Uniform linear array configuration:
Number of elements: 8
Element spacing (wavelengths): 0.75
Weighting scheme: exponential
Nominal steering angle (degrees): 30
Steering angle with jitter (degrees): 31.531
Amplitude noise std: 0.05
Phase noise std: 0.05

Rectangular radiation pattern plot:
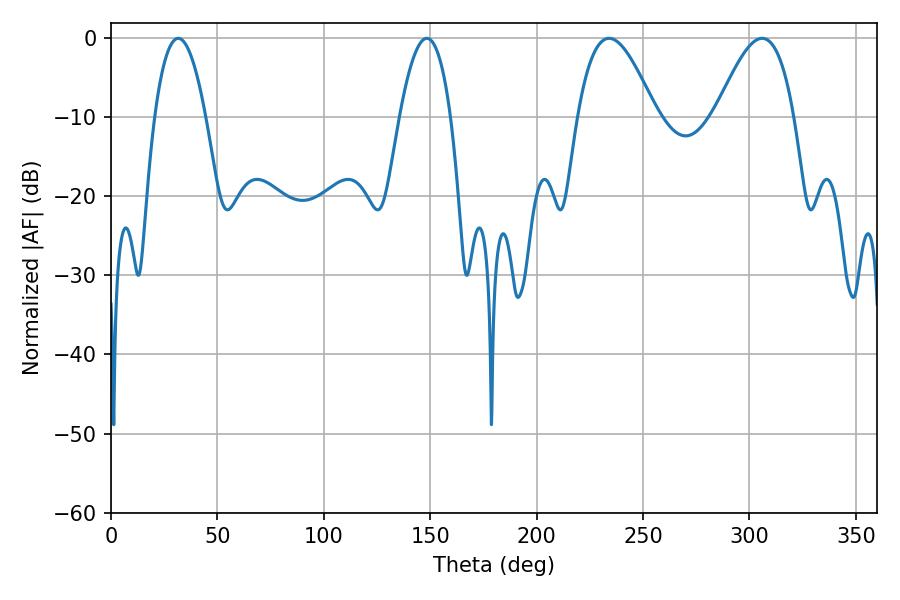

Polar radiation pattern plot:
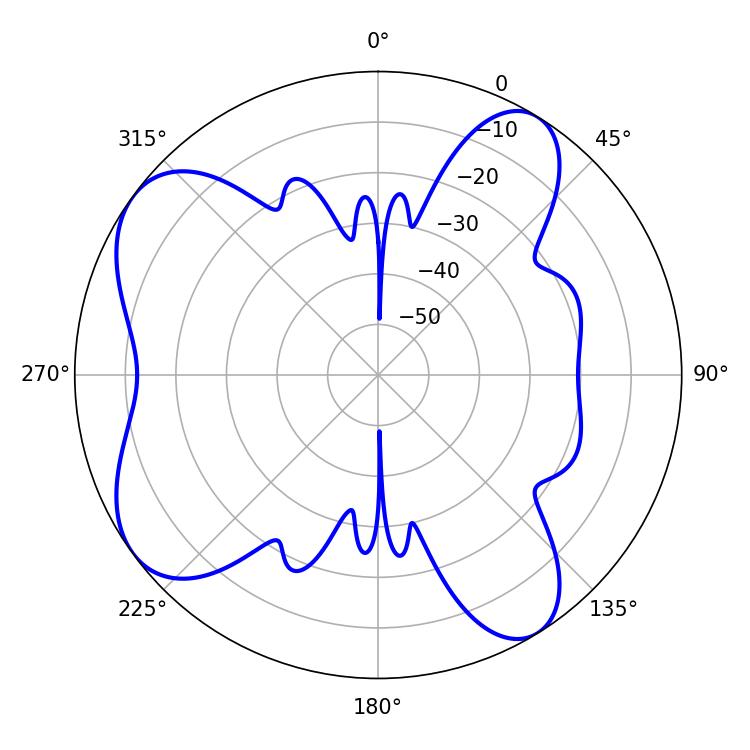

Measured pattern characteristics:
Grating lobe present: TRUE
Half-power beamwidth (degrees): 19.8
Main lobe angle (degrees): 234